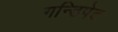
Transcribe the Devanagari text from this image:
गन्डिपेट